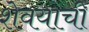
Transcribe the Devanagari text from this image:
शेवयाची